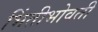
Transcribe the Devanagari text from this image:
भिंतीभोवती